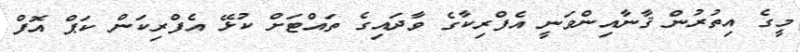
މީގެ އިތުރުން ޤާނާއިންވަނީ އެފްރިކާގެ ވާދައިގެ ތައްޓަށް ކުޅޭ އެފްރިކަން ކަޕް އޮފް